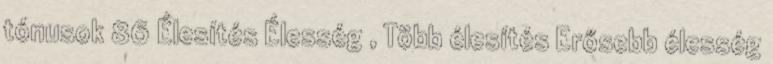
tónusok 86 Élesítés Élesség , Több élesítés Erősebb élesség